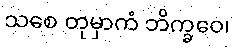
သစေ တုမှာကံ ဘိက္ခဝေ၊